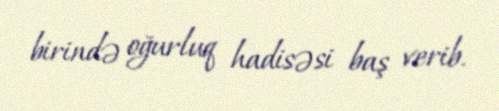
birində oğurluq hadisəsi baş verib.